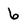
Character: 6